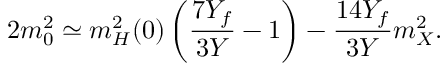
2 m _ { 0 } ^ { 2 } \simeq m _ { H } ^ { 2 } ( 0 ) \left( \frac { 7 Y _ { f } } { 3 Y } - 1 \right) - \frac { 1 4 Y _ { f } } { 3 Y } m _ { X } ^ { 2 } .